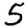
Digit: 5